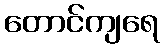
တောင်ကျရေ